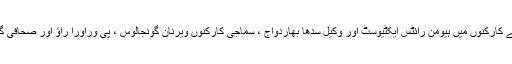
حراست میں لیے گئے کارکنوں میں ہیومن رائٹس ایکٹیوسٹ اور وکیل سدھا بھاردواج ، سماجی کارکنوں ویرنان گونجالوس ، پی وراورا راؤ اور صحافی گوتم نولکھا شامل ہیں۔